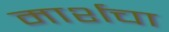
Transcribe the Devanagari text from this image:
मार्शचा